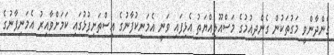
ގެންދާންވީ މަގުތަކުން ގެންދިއުމުގެ މަސްއޫލިއްޔަތު އެޅިފައި ވަނީ އެމަނިކުފާނުގެ އިސްތަށިފުޅުގައި ކަމަށްވާއިރު އެމަނިފާނުގެ